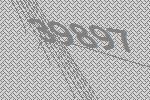
39897